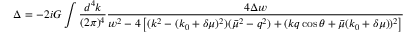
\Delta = - 2 i G \int \frac { d ^ { 4 } k } { ( 2 \pi ) ^ { 4 } } \frac { 4 \Delta w } { w ^ { 2 } - 4 \left[ ( k ^ { 2 } - ( k _ { 0 } + \delta \mu ) ^ { 2 } ) ( \bar { \mu } ^ { 2 } - q ^ { 2 } ) + ( k q \cos \theta + \bar { \mu } ( k _ { 0 } + \delta \mu ) ) ^ { 2 } \right] }